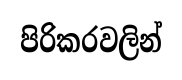
පිරිකරවලින්